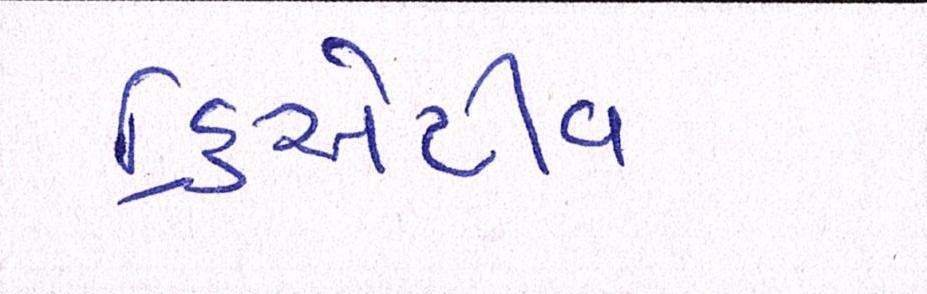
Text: ક્રિએટીવ